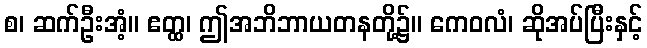
စ၊ ဆက်ဦးအံ့။ ဧတ္ထ၊ ဤအဘိဘာယတနတို့၌။ ကေဝလံ၊ ဆိုအပ်ပြီးနှင့်